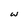
Character: w